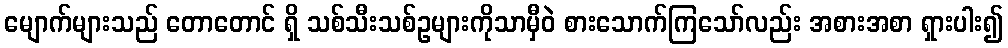
မျောက်များသည် တောတောင် ရှိ သစ်သီးသစ်ဥများကိုသာမှီဝဲ စားသောက်ကြသော်လည်း အစားအစာ ရှားပါး၍